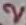
Text: 2